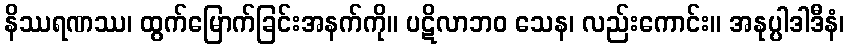
နိဿရဏဿ၊ ထွက်မြောက်ခြင်းအနက်ကို။ ပဋိလာဘဝ သေန၊ လည်းကောင်း။ အနုပ္ပါဒါဒီနံ၊